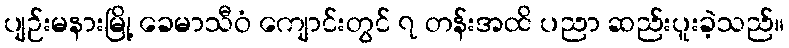
ပျဉ်းမနားမြို့ ခေမာသီဝံ ကျောင်းတွင် ၇ တန်းအထိ ပညာ ဆည်းပူးခဲ့သည်။